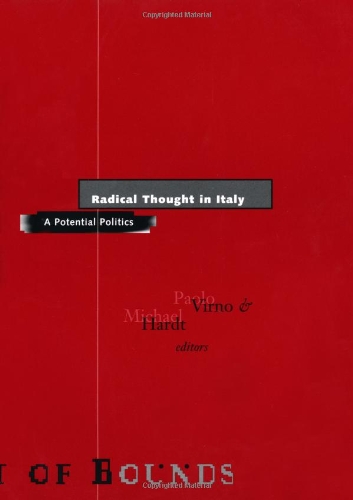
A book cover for Radical Thought in Italy: A Potential Politics (Theory Out Of Bounds); Politics & Social Sciences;